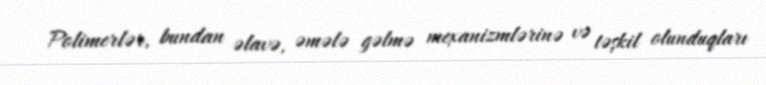
Polimerlər, bundan əlavə, əmələ gəlmə mexanizmlərinə və təşkil olunduqları